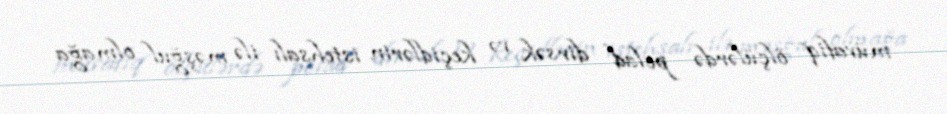
müvafiq ölçülərdə polad dirsək və keçidlərin istehsalı ilə məşğul olmağa